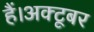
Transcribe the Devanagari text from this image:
हैं।अक्टूबर